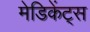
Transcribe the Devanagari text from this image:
मेडिकेंट्स